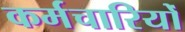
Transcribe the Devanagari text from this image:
कर्मचारियोँ